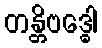
တန္တိဗဒ္ဓေါ